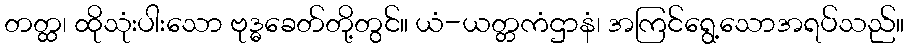
တတ္ထ၊ ထိုသုံးပါးသော ဗုဒ္ဓခေတ်တို့တွင်။ ယံ-ယတ္တကံဌာနံ၊ အကြင်ရွေ့သောအရပ်သည်။